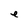
Character: e